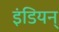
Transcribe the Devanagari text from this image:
इंडियन्